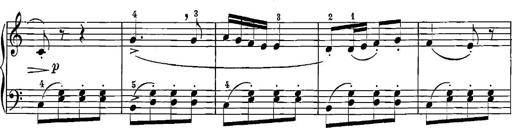
Title: 12 Sonatinas
Composer: Ignaz Pleyel